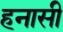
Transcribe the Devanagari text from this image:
हनासी